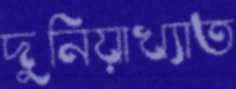
দুনিয়াখ্যাত